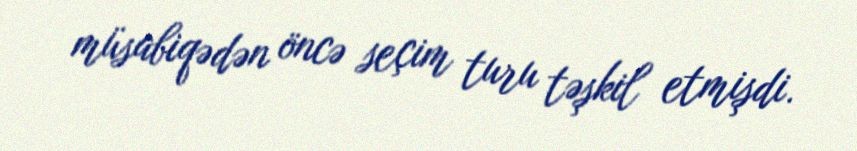
müsabiqədən öncə seçim turu təşkil etmişdi.